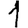
Digit: 1